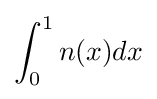
\int _{0}^{1}n(x)dx